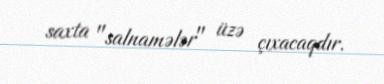
saxta "salnamələr" üzə çıxacaqdır.